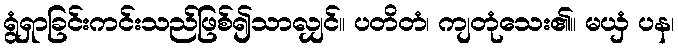
ရွံရှာခြင်းကင်းသည်ဖြစ်၍သာလျှင်။ ပတိတံ၊ ကျတုံသေး၏။ မယှံ ပန၊